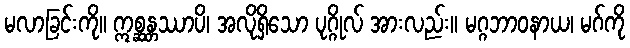
မလာခြင်းကို။ ဣစ္ဆန္တဿာပိ၊ အလိုရှိသော ပုဂ္ဂိုလ် အားလည်း။ မဂ္ဂဘာဝနာယ၊ မဂ်ကို